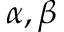
\alpha , \beta